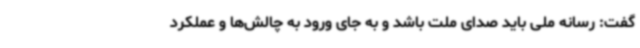
گفت: رسانه ملی باید صدای ملت باشد و به جای ورود به چالش‌ها و عملکرد